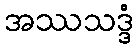
အဿသဒ္ဒံ